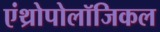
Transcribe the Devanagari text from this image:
एंथ्रोपोलॉजिकल